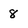
Character: 8